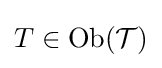
T\in \operatorname {Ob} ({\mathcal {T}})